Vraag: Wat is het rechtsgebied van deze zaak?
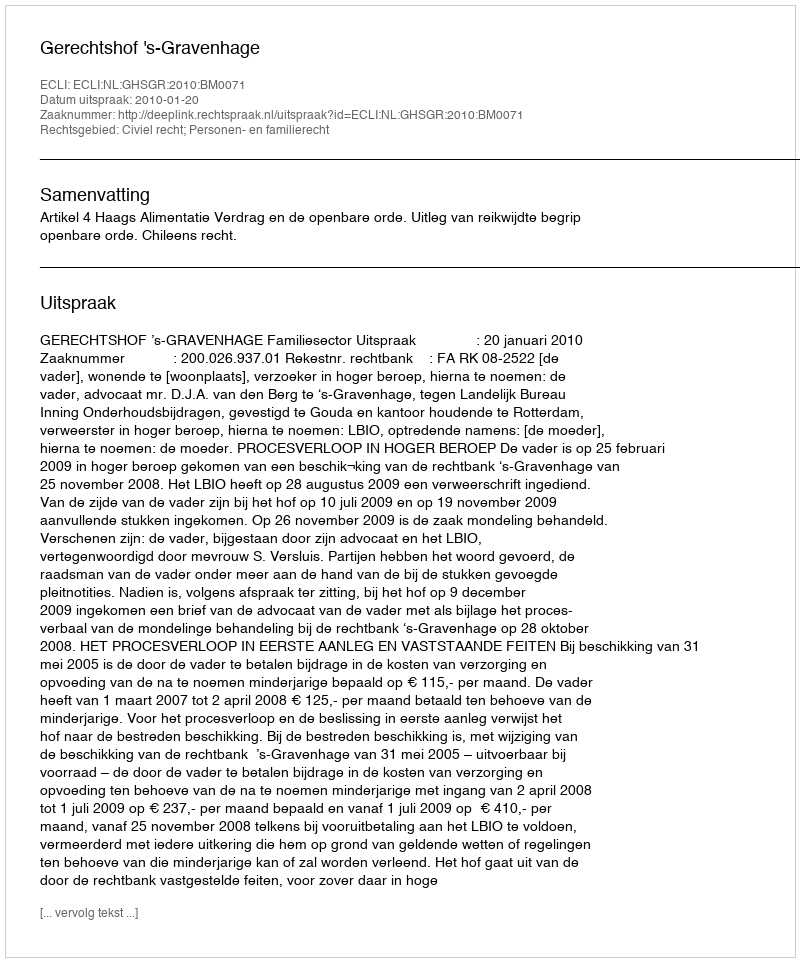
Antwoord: Civiel recht; Personen- en familierecht